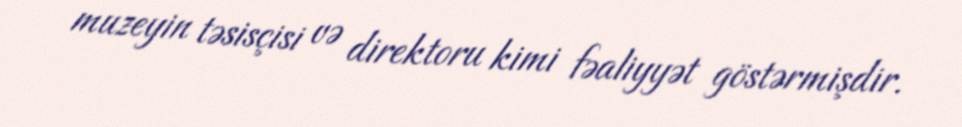
muzeyin təsisçisi və direktoru kimi fəaliyyət göstərmişdir.